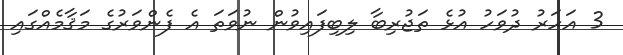
3 އަހަރު ދުވަހު އުޅެ ތަޖުރިބާ ލިބިފައިވުން ނުވަތަ އެ ފެންވަރުގެ މަޤާމެއްގައި